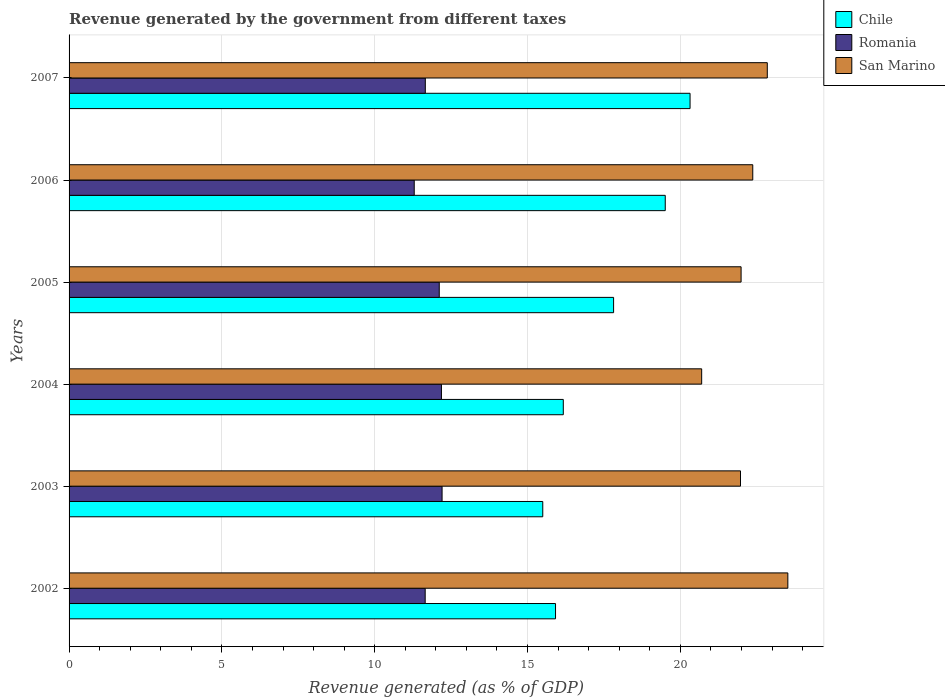
| Years | Chile | Romania | San Marino |
 | --- | --- | --- | --- |
 | 2002 | 15.9 | 11.7 | 23.5 |
 | 2003 | 15.5 | 12.2 | 22 |
 | 2004 | 16.2 | 12.2 | 20.7 |
 | 2005 | 17.8 | 12.1 | 22 |
 | 2006 | 19.5 | 11.3 | 22.4 |
 | 2007 | 20.3 | 11.7 | 22.8 |